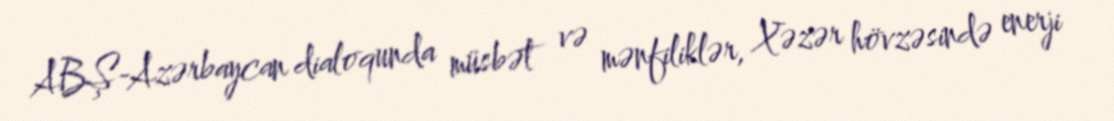
ABŞ-Azərbaycan dialoqunda müsbət və mənfiliklər, Xəzər hövzəsində enerji